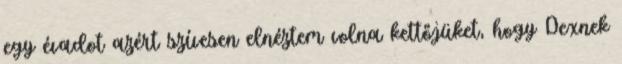
egy évadot azért szívesen elnéztem volna kettőjüket, hogy Dexnek